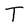
Character: T